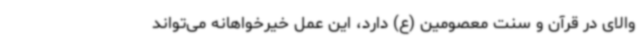
والای در قرآن و سنت معصومین (ع) دارد، این عمل خیرخواهانه می‌تواند